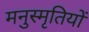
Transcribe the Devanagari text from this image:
मनुस्मृतियों